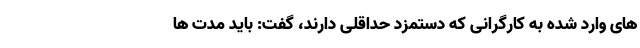
های وارد شده به کارگرانی که دستمزد حداقلی دارند، گفت: باید مدت ها